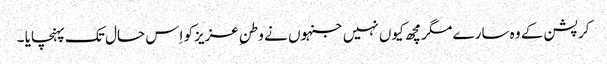
کرپشن کے وہ سارے مگرمچھ کیوں نہیں جنہوں نے وطنِ عزیزکو اِس حال تک پہنچایا ۔